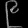
Digit: ၉